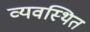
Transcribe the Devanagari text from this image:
व्‍यवस्‍िथत